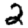
Digit: 2